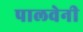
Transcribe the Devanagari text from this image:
पालवेनी